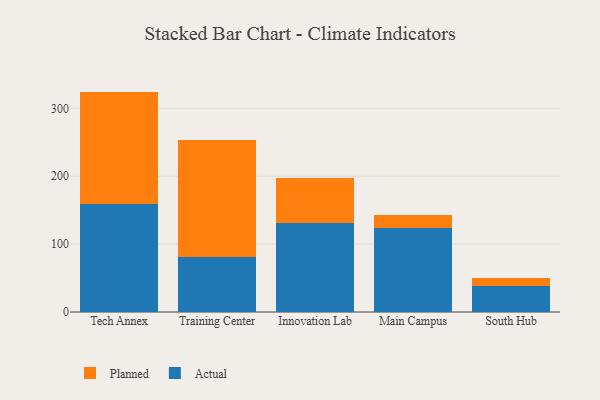
{"axis": {"x": "Campus", "y": "Population (Million)"}, "legend": ["Actual", "Planned"], "data": [{"x": "Tech Annex", "y": 158.9, "type": "Actual"}, {"x": "Tech Annex", "y": 165.8, "type": "Planned"}, {"x": "Training Center", "y": 81.5, "type": "Actual"}, {"x": "Training Center", "y": 171.3, "type": "Planned"}, {"x": "Innovation Lab", "y": 130.4, "type": "Actual"}, {"x": "Innovation Lab", "y": 66.9, "type": "Planned"}, {"x": "Main Campus", "y": 123.4, "type": "Actual"}, {"x": "Main Campus", "y": 19.9, "type": "Planned"}, {"x": "South Hub", "y": 38.8, "type": "Actual"}, {"x": "South Hub", "y": 11.7, "type": "Planned"}]}